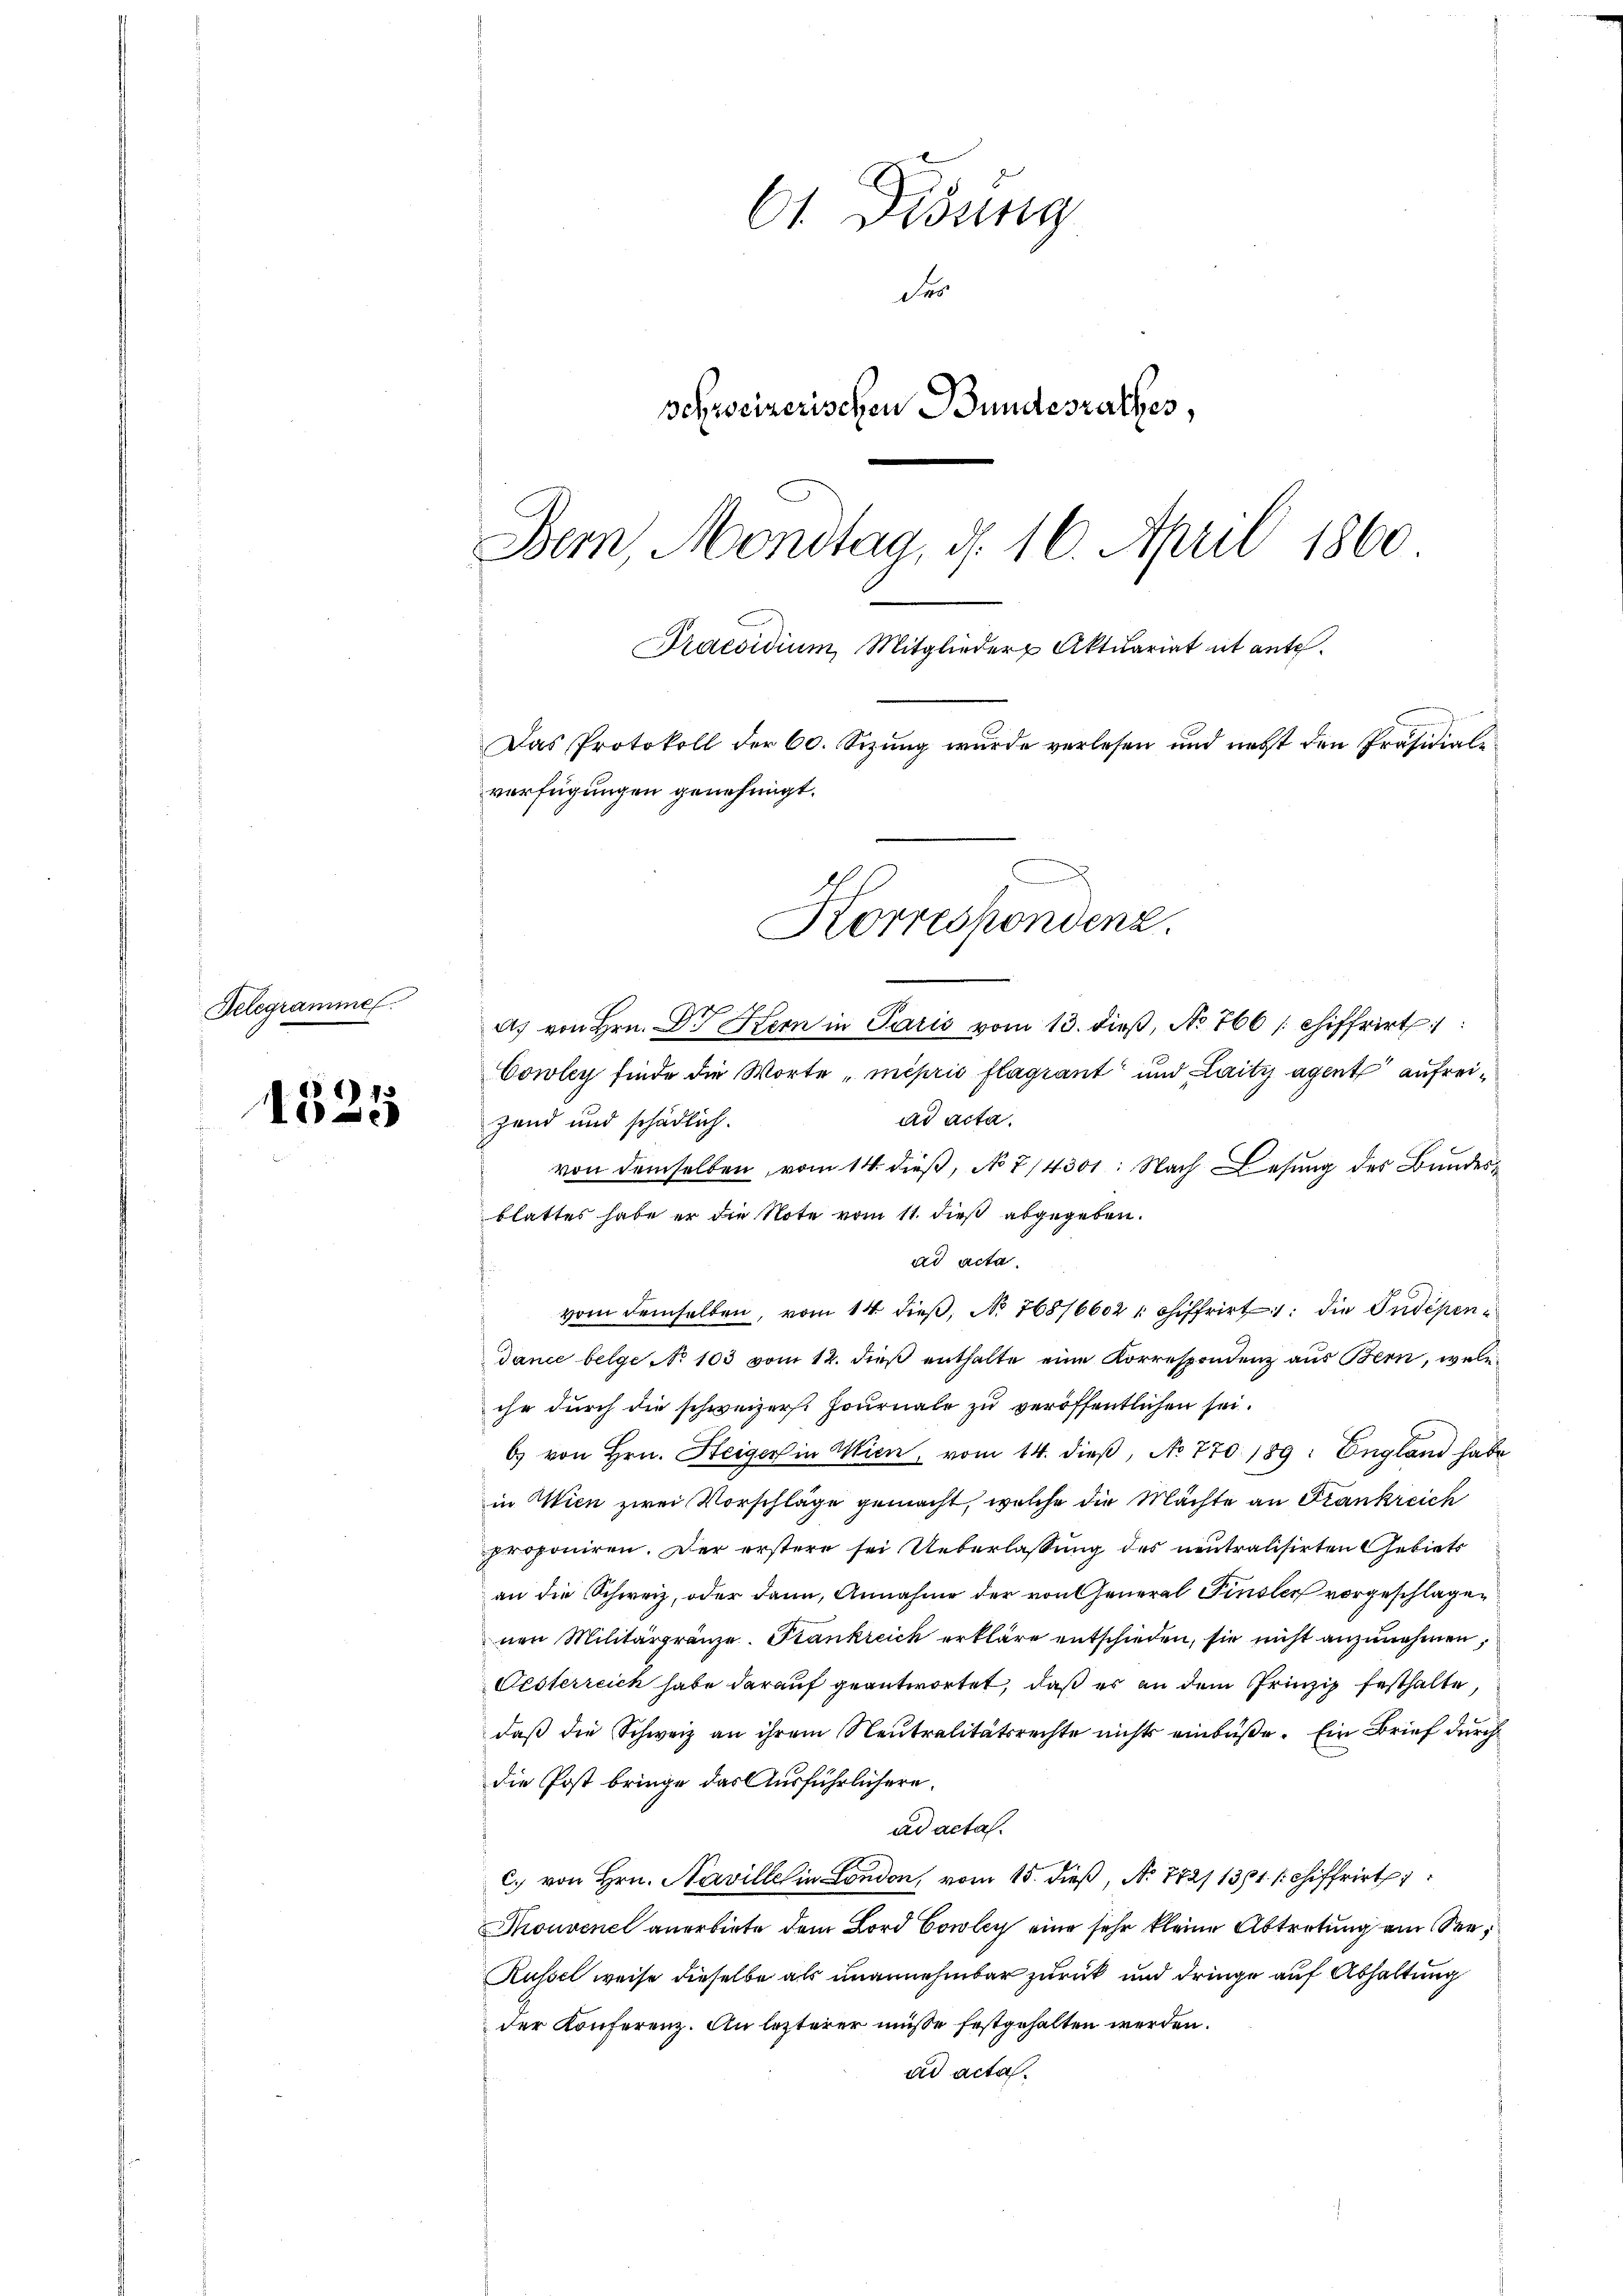
Delegrammel.

§ 113
1

61. Disung
des
schweizerischen Bundesrathes,
Bern Montag, d. 16. April 1860
Praesidium Mitglieder Aktuariat et ante.
Das Protokoll der 60. Sizŭng wurde verlesen und nebst den Präsidial-
verfügungen genehmigt.

A. von Hrn. Dr Kern in Paris vom 13. dieß, No 766 chiffrirt
Cowley finde die Worte „miprio flagiant und Laity agent aufreiad acta.
zend und schädlich.
von demselben vom 14. dieß, No 7/4301: Nach Lesung des Bundesblattes habe er die Note vom 11. dieß abgegeben.
ad acta.
von demselben, vom 14. dieβ, No. 768/66021 chiffrirt die Indépendance belge No 103 vom 12. dieß enthalte eine Korrespondenz aus Bern, welc
ihr durch die schweizer. Journale zu veröffentlichen sei.
b. von Hrn. Heiger in Wien, vom 14. dieβ, No 770 189: England habe
in Wien zwei Vorschläge gemacht, welche die Mächte an Frankreich
proponiren. Der erstere sei Ueberlassung des neutralisirten Gebiets
an die Schweiz, oder dann, Annahme der von General Finsler vorgeschlagen
nen Militärgränze. Frankreich erkläre entschieden, sie nicht anzunehmen,
Oesterreich habe darauf geantwortet, daß es an dem Prinzip festhalte
daß die Schweiz an ihrem Neutralitätsrechte nichts einbüße. Ein Brief durch
die Post bringe das Ausführlichern.
ad acta.
c. von Hrn. Naville in London, vom 15. dieß, No 772/1361. schiffrirt
Thouvenel anerbiete dem Bord Cowley eine sehr kleine Abtretung ein See¬
Küssel weise dieselbe als unannehmbar zurück und dringe auf Abhaltung
der Konferenz. An lezterer müsse festgehalten werden.
ad acta.

Korrespondenz.